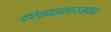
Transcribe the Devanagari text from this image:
कोयनानगरजवळ